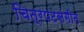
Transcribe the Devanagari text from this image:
चित्रपटसंगीत